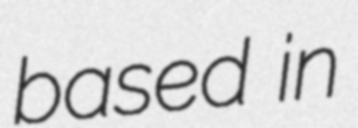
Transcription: based in